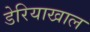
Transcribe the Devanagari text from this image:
डेरियाखाल